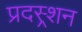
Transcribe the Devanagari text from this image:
प्रदस्र्शन